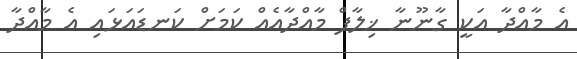
އެ މާއްދާ އަކީ ގާނޫނާ ޚިލާފް މާއްދާއެއް ކަމަށް ކަނޑައަޅައި އެ މާއްދާ